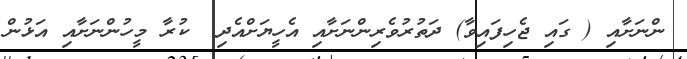
ންނަށާއި ( ގައި ޖެހިިފައިވާ) ދަތުރުވެރިންނަށާއި އެހީޔަށްއެދި  ކުރާ މީހުންނަށާއި އަޅުން